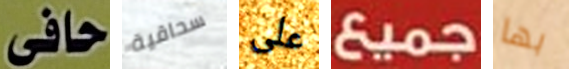
حافى سحاقية على جميع بها